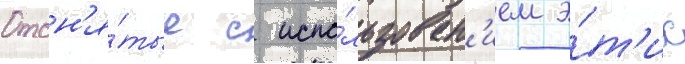
Отсн'я́тые с испо́льзован'ием э́т'их